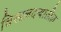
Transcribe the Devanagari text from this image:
चिखलदऱ्यातील